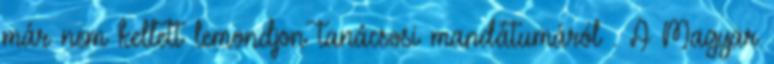
már nem kellett lemondjon tanácsosi mandátumáról . A Magyar